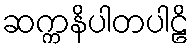
ဆက္ကနိပါတပါဠိ